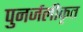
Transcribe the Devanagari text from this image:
पुनर्जलीकृत